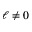
\ell \neq 0